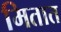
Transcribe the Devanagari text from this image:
मितात